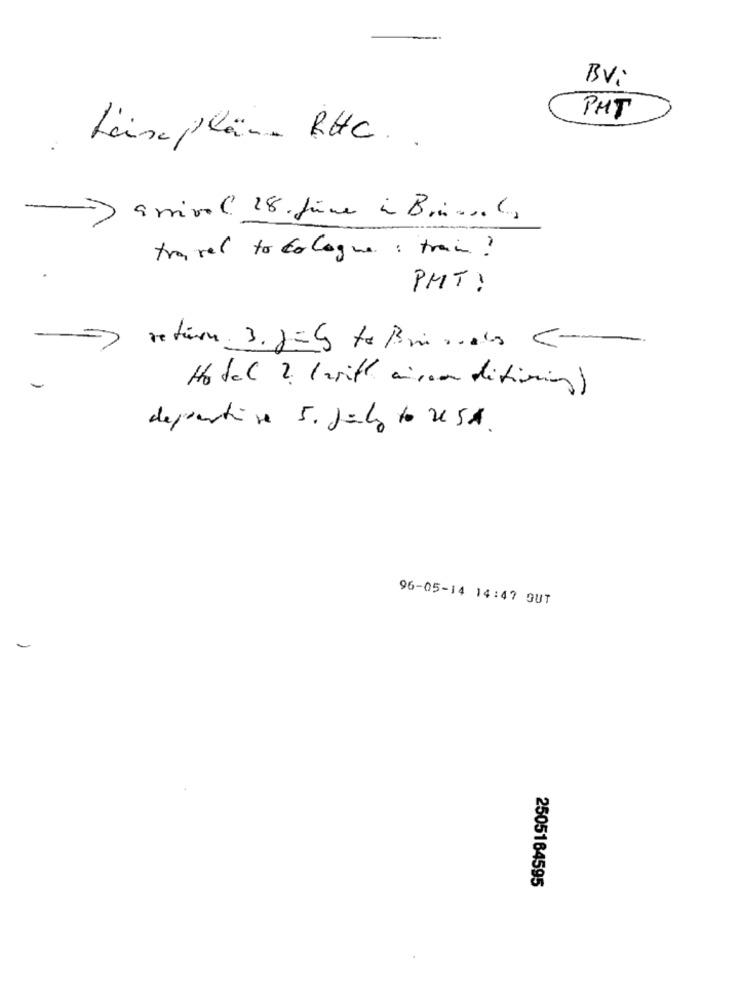
BVi
PMT
Lix pläne RHC. .
mi) arrival 18 fine in Brianals
travel to cologne : train ?
PMT!
return 3. jaba to Bminas Com
Hotel 2 ( with aisson ditiming)
depertise 5. Juli to USA.
96-05-14 14:47 OUT
-
2505164595